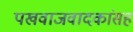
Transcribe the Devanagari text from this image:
पखवाजवादकांसह